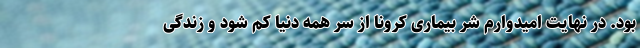
بود. در نهایت امیدوارم شر بیماری کرونا از سر همه دنیا کم شود و زندگی